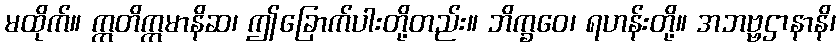
မထိုက်။ ဣတိဣမာနိဆ၊ ဤခြောက်ပါးတို့တည်း။ ဘိက္ခဝေ၊ ရဟန်းတို့။ အဘဗ္ဗဌာနာနိ၊